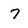
Character: 7